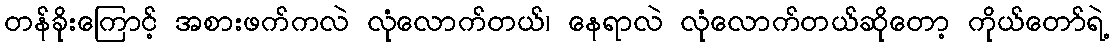
တန်ခိုးကြောင့် အစားဖက်ကလဲ လုံလောက်တယ်၊ နေရာလဲ လုံလောက်တယ်ဆိုတော့ ကိုယ်တော်ရဲ့